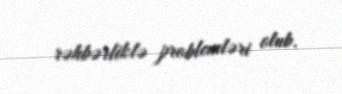
rəhbərliklə problemləri olub.